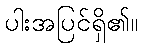
ပါးအပြင်ရှိ၏။